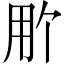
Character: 𬎽